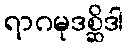
ရာဂမုဒစ္ဆိဒါ